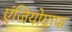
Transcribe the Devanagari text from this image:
एंजियोग्राफ